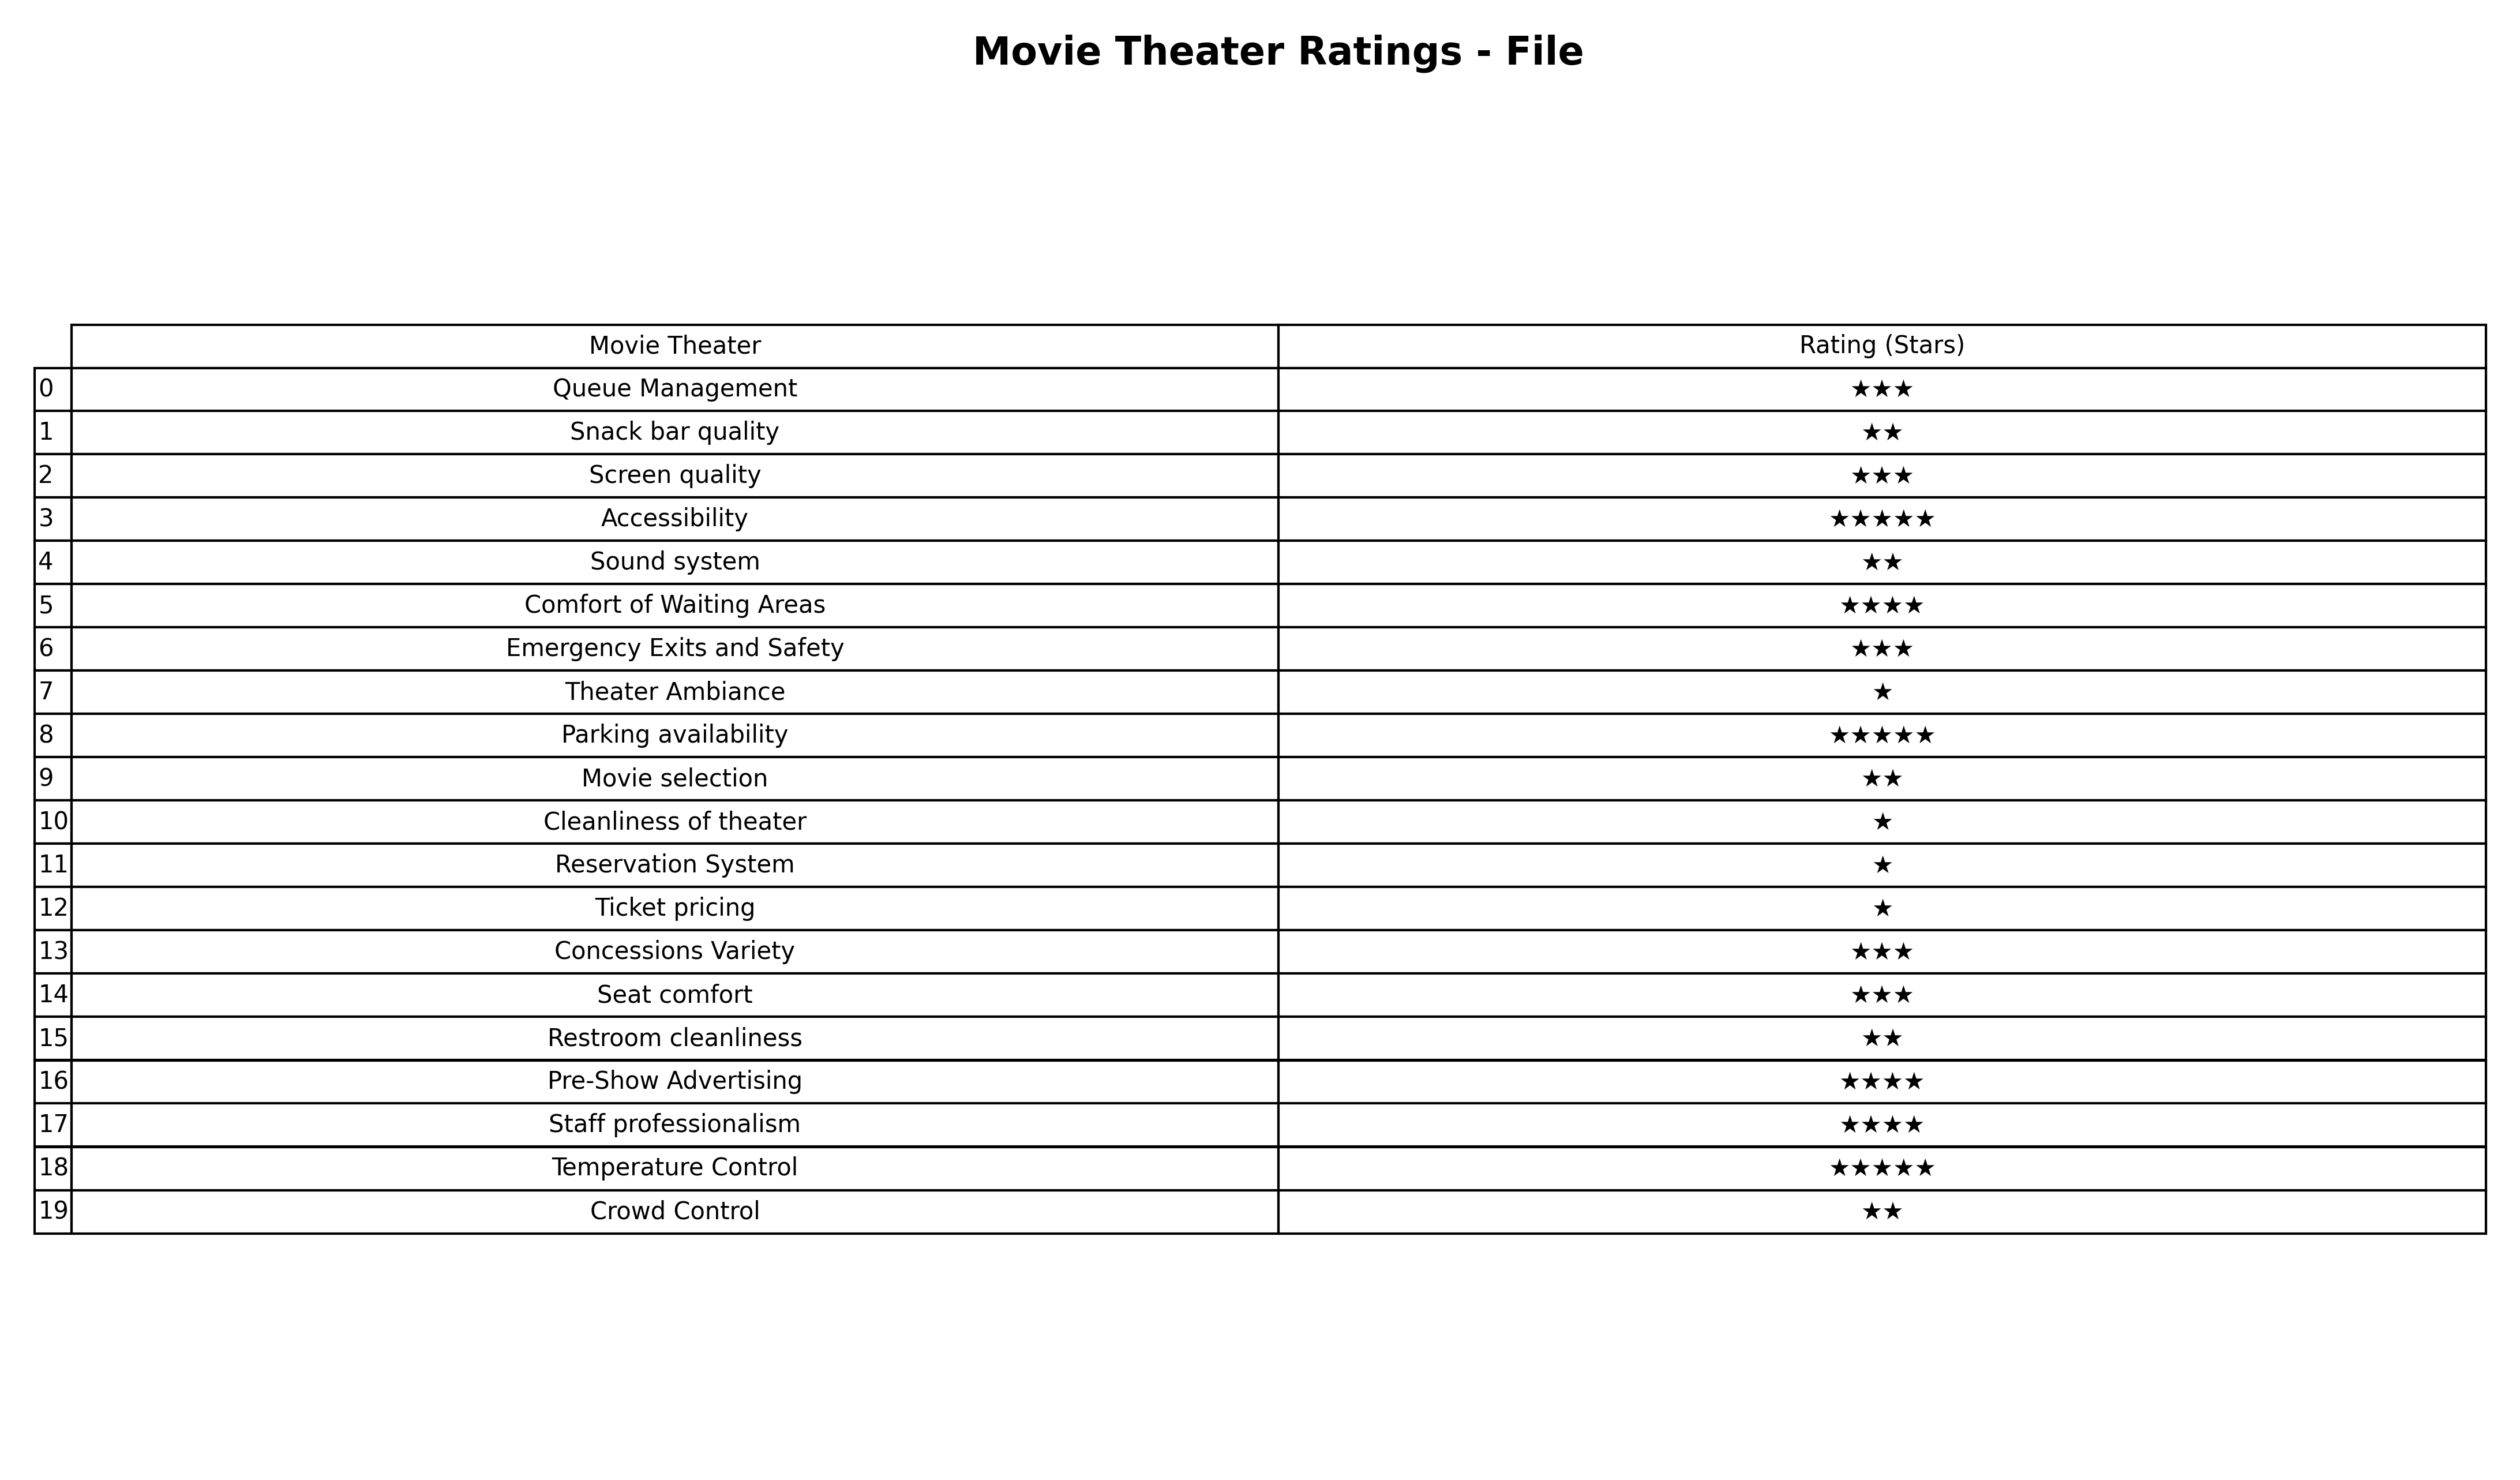
question: What is the rating of Movie selection?
answer: ★★